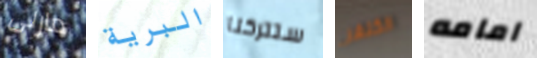
مارلى البرية ستتركنا الكنغر امامه